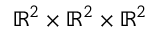
\mathbb { R } ^ { 2 } \times \mathbb { R } ^ { 2 } \times \mathbb { R } ^ { 2 }